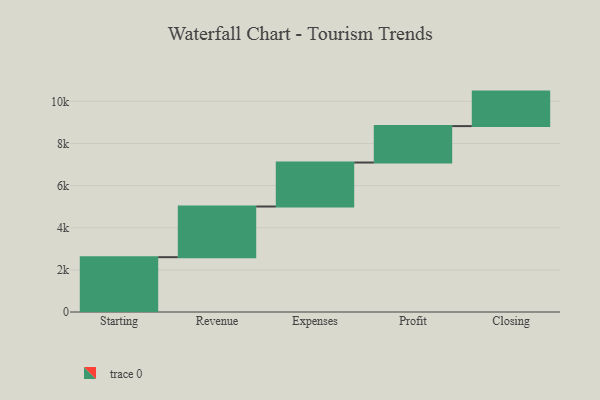
{"axis": {"x": "Step", "y": "Value"}, "legend": [""], "data": [{"x": "Starting", "y": 2603.0, "type": ""}, {"x": "Revenue", "y": 2406.0, "type": ""}, {"x": "Expenses", "y": 2088.0, "type": ""}, {"x": "Profit", "y": 1730.0, "type": ""}, {"x": "Closing", "y": 1638.0, "type": ""}]}